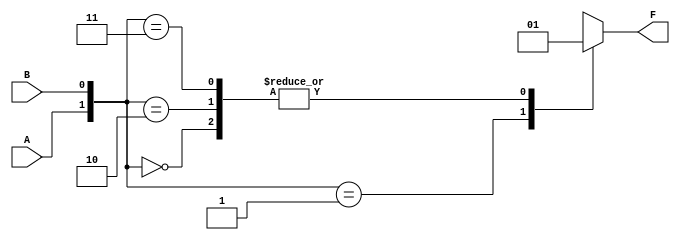
module two_variable_kmap (
    input wire A,     // 1-bit input A
    input wire B,     // 1-bit input B
    output reg F      // 1-bit output F
);

// Define the K-map values for each minterm
// You can modify these values (0 or 1) to change the output F
parameter m0 = 1;  // F(0, 0)
parameter m1 = 0;  // F(0, 1)
parameter m2 = 1;  // F(1, 0)
parameter m3 = 1;  // F(1, 1)

always @(*) begin
    case ({A, B}) // Combine A and B into a 2-bit vector
        2'b00: F = m0; // m0 corresponds to A=0, B=0
        2'b01: F = m1; // m1 corresponds to A=0, B=1
        2'b10: F = m2; // m2 corresponds to A=1, B=0
        2'b11: F = m3; // m3 corresponds to A=1, B=1
        default: F = 0; // Default case (should not occur)
    endcase
end

endmodule